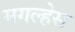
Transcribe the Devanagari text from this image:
मगल्हेस